Indian journal of veterinary science and animal husbandry - Volume 12,
Year: 1942
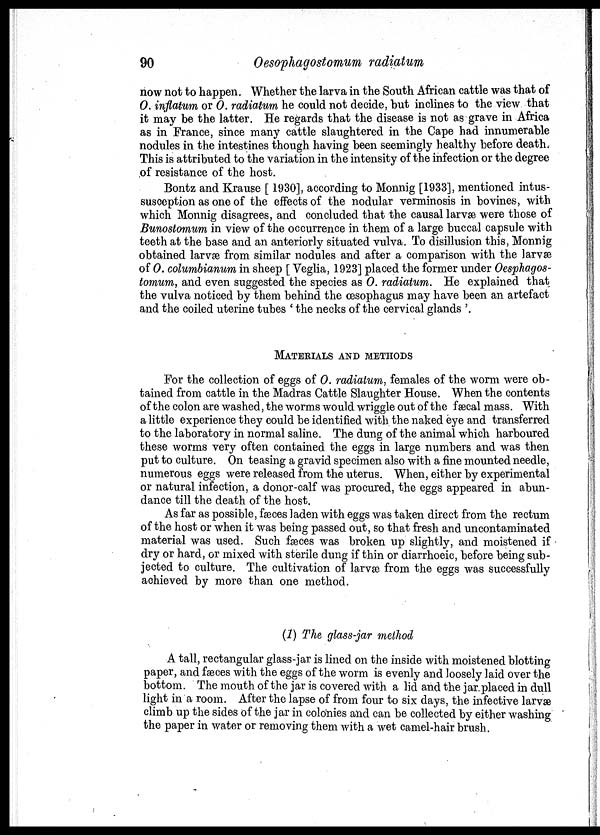
90
Oesophagostomum radiatum
now not to happen. Whether the larva in the South African cattle was that of
O. inflatum or O. radiatum he could not decide, but inclines to the view that
it may be the latter. He regards that the disease is not as grave in Africa
as in France, since many cattle slaughtered in the Cape had innumerable
nodules in the intestines though having been seemingly healthy before death.
This is attributed to the variation in the intensity of the infection or the degree
of resistance of the host.
Bontz and Krause [ 1930], according to Monnig [1933], mentioned intus-
susception as one of the effects of the nodular verminosis in bovines, with
which Monnig disagrees, and concluded that the causal larvæ were those of
Bunostomum in view of the occurrence in them of a large buccal capsule with
teeth at the base and an anteriorly situated vulva. To disillusion this, Monnig
obtained larvæ from similar nodules and after a comparison with the larvæ
of O. columbianum in sheep [ Veglia, 1923] placed the former under Oesphagos¬
tomum, and even suggested the species as O. radiatum. He explained that
the vulva noticed by them behind the œsophagus may have been an artefact
and the coiled uterine tubes ' the necks of the cervical glands '.
MATERIALS AND METHODS
For the collection of eggs of O. radiatum, females of the worm were ob-
tained from cattle in the Madras Cattle Slaughter House. When the contents
of the colon are washed, the worms would wriggle out of the fæcal mass. With
a little experience they could be identified with the naked eye and transferred
to the laboratory in normal saline. The dung of the animal which harboured
these worms very often contained the eggs in large numbers and was then
put to culture. On teasing a gravid specimen also with a fine mounted needle,
numerous eggs were released from the uterus. When, either by experimental
or natural infection, a donor-calf was procured, the eggs appeared in abun-
dance till the death of the host.
As far as possible, fæces laden with eggs was taken direct from the rectum
of the host or when it was being passed out, so that fresh and uncontaminated
material was used. Such fæces was broken up slightly, and moistened if
dry or hard, or mixed with sterile dung if thin or diarrhoeic, before being sub-
jected to culture. The cultivation of larvæ from the eggs was successfully
achieved by more than one method.
(1) The glass-jar method
A tall, rectangular glass-jar is lined on the inside with moistened blotting
paper, and fæces with the eggs of the worm is evenly and loosely laid over the
bottom. The mouth of the jar is covered with a lid and the jar placed in dull
light in a room. After the lapse of from four to six days, the infective larvæ
climb up the sides of the jar in colonies and can be collected by either washing
the paper in water or removing them with a wet camel-hair brush.